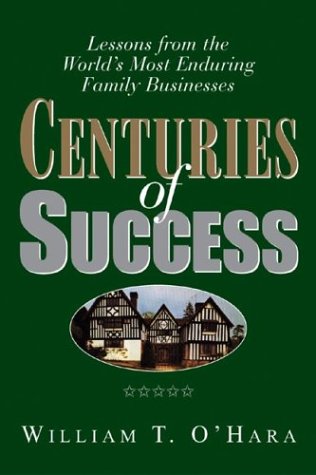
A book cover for Centuries of Success: Lessons from the World's Most Enduring Family Business; William T. O'Hara; Business & Money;